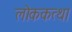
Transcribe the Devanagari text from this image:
लोककत्था